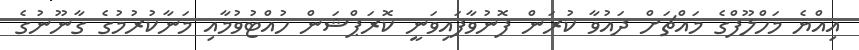
އިއްޔެ މަހްލޫފްގެ މައްޗަށް ދައުވާ ކުރަން ފޮނުވާފައިވަނީ ކޮރަޕްޝަން ހުއްޓުވުމާއި މަނާކުރުމުގެ ގާނޫނުގެ